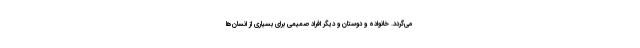
می‌گردد. خانواده و دوستان و دیگر افراد صمیمی برای بسیاری از انسان‌ها